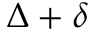
\Delta + \delta